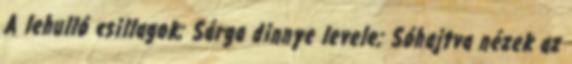
A lehulló csillagok; Sárga dinnye levele; Sóhajtva nézek az